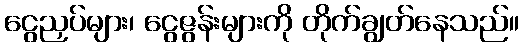
ငွေညှပ်များ၊ ငွေဇွန်းများကို တိုက်ချွတ်နေသည်။